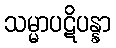
သမ္မာပဋိပန္နာ